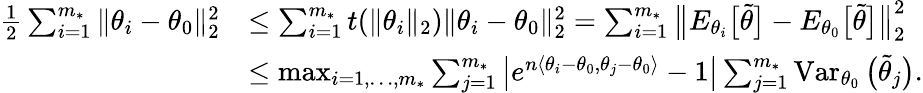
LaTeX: \begin{array}{rl}{\frac 12\sum_{i=1}^{m_{*}}\| \theta_{i}-\theta_{0}\| _{2}^{2}}&{\leq\sum_{i=1}^{m_{*}}t(\| \theta_{i}\| _{2})\| \theta_{i}-\theta_{0}\| _{2}^{2}=\sum_{i=1}^{m_{*}}\big\| E_{\theta_{i}}\big[\widetilde\theta\big]-E_{\theta_{0}}\big[\widetilde\theta\big]\big\| _{2}^{2}}\\ &{\leq\operatorname*{max}_{i=1,\ldots,m_{*}}\sum_{j=1}^{m_{*}}\big|e^{n\langle\theta_{i}-\theta_{0},\theta_{j}-\theta_{0}\rangle}-1\big|\sum_{j=1}^{m_{*}}\operatorname{Var}_{\theta_{0}}\big(\widetilde\theta_{j}\big).}\end{array}